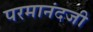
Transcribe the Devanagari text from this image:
परमानंदजी